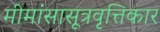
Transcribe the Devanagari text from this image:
मीमांसासूत्रवृत्तिकार